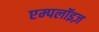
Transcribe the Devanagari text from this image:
एम्पलॉइज़